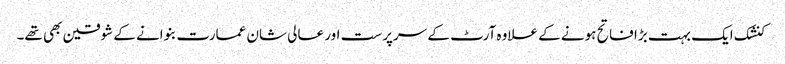
کنشک ایک بہت بڑا فاتح ہونے کے علاوہ آرٹ کے سرپرست اور عالی شان عمارت بنوانے کے شوقین بھی تھے۔